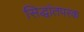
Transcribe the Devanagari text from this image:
सिद्धांतपरक